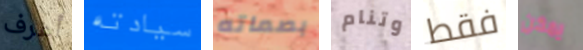
أعرف سيادته بصماته وتنام فقط يمكن